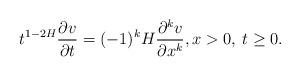
LaTeX: \begin{align*} t^{1-2H}\frac{\partial v}{\partial t}= (-1)^k H\frac{\partial^k v}{\partial x^k}, x>0,\: t\ge 0. \end{align*}